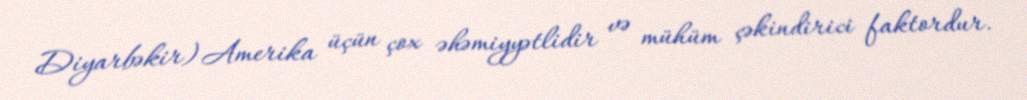
Diyarbəkir) Amerika üçün çox əhəmiyyətlidir və mühüm çəkindirici faktordur.